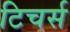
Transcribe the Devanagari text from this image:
टिचर्स